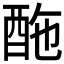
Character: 𨠑